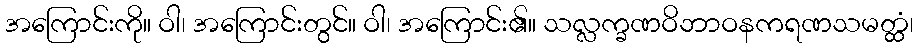
အကြောင်းကို။ ဝါ၊ အကြောင်းတွင်။ ဝါ၊ အကြောင်း၏။ သလ္လက္ခဏဝိဘာဝနကရဏသမတ္ထံ၊